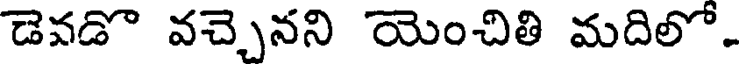
డెవడొ వచ్చెనని యెంచితి మదిలో.